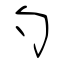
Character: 勺